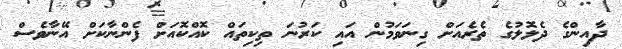
ދާއިންގެ ދެލޮލުގެ ތެރެއަށް ގިނަވަމުން އައި ކަރުނަ ތިކިތައް ކޮއްކޮއަށް ފެންނާކަށް އޭނާވެސް